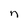
Character: n